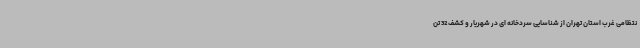
نتظامی غرب استان تهران از شناسایی سردخانه ای در شهریار و کشف 32 تن